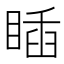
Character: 𥈊